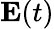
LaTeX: \mathbf{E}(t)